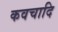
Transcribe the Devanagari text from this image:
कवचादि